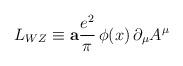
LaTeX: \begin{align*}L_{WZ}\equiv {\bf a}{ e^2\over \pi }\, \phi(x) \,\partial_\mu A^{\mu}\end{align*}